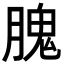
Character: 𦞙